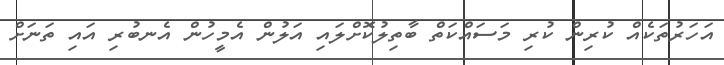
އަހަރުތަކެއް ކުރިން ކުރި މަސައްކަތް ބާތިލުކޮށްލައި އަލުން އެމީހުން އެނބުރި އައި ތަނަށް